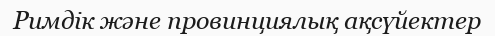
Римдік жəне провинциялық ақсүйектер